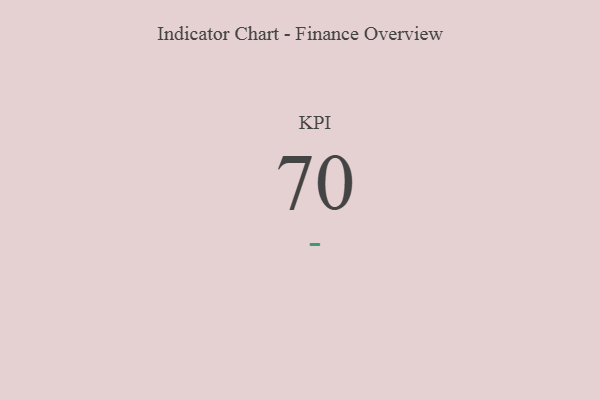
{"axis": {"x": "KPI", "y": "Value"}, "legend": [""], "data": [{"x": "KPI", "y": 70, "type": ""}]}